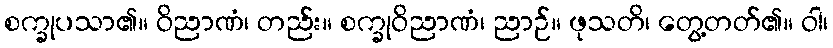
စက္ခုပသာ၏။ ဝိညာဏံ၊ တည်း။ စက္ခုဝိညာဏံ၊ ညာဉ်။ ဖုသတိ၊ တွေ့တတ်၏။ ဝါ၊